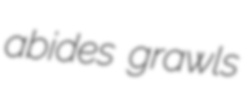
abides grawls